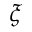
\xi